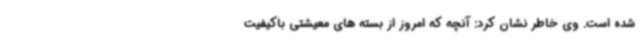
شده است. وی خاطر نشان کرد: آنچه که امروز از بسته های معیشتی باکیفیت